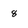
Character: 8